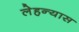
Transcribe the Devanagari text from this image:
लेहन्यास